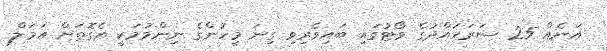
އަނެއް 25 ސަރަހައްދުގެ ވޯޓުގައި ބައިވެރިވި ގިނަ މީހުންގެ ނިންމުމަކީ އެގޮތަށް އަމަލް